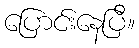
ပြောင်းနေပြီ။